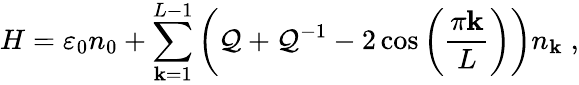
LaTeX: H=\varepsilon_{0}n_{0}+\sum_{\mathbf{k}=1}^{L-1}\left(\mathcal{Q}+\mathcal{Q}^{-1}-2\cos\left(\frac{{\pi\mathbf{k}}}{{L}}\right)\right)n_{\mathbf{k}}\; ,